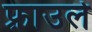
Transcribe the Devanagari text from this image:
फ़्राउले